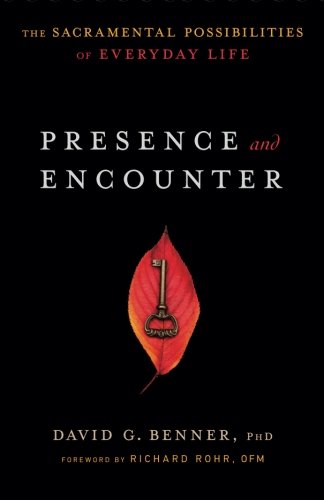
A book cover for Presence and Encounter: The Sacramental Possibilities of Everyday Life; David G. PhD Benner; Religion & Spirituality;